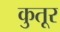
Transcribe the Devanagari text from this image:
कुतूर